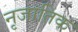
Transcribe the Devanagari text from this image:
नृजातिक